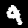
Label: 9